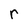
Character: r